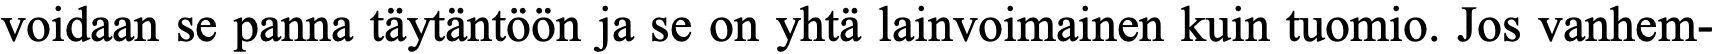
voidaan se panna täytäntöön ja se on yhtä lainvoimainen kuin tuomio. Jos vanhem-